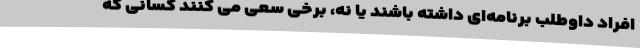
افراد داوطلب برنامه‌ای داشته باشند یا نه، برخی سعی می کنند کسانی که